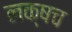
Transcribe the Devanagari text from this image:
लक्षच